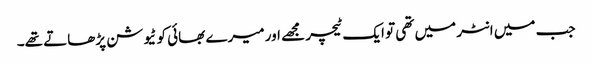
جب میں انٹر میں تھی تو ایک ٹیچر مجھے اور میرے بھائی کو ٹیوشن پڑھاتے تھے۔